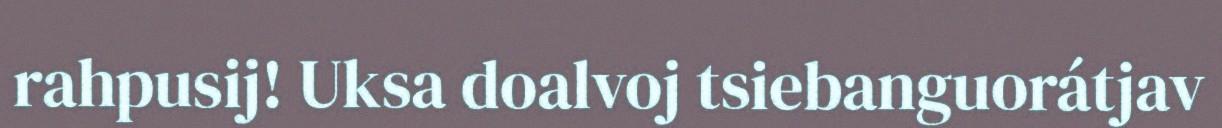
rahpusij! Uksa doalvoj tsiebanguorátjav